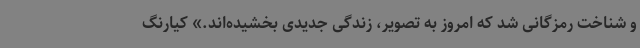
و شناخت رمزگانی شد که امروز به تصویر، زندگی جدیدی بخشیده‌اند.» کیارنگ